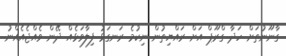
ގާނޫނުތަށް ހަދާ ގްރޫޕް އަށް ރައްޔިތުން ނިކުމެ ރަނގަޅު ފިލާވަޅެއް ދޭން ވެއްޖެއެއްނު